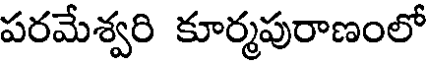
పరమేశ్వరి కూర్మపురాణంలో